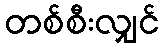
တစ်စီးလျှင်